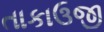
તાકાઉજી